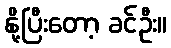
နို့ပြီးတော့ ခင်ဦး။